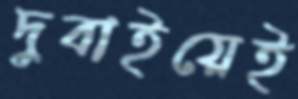
দুবাইয়েই